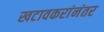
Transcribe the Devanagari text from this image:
खटावकरांनंतर